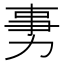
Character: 𠡸